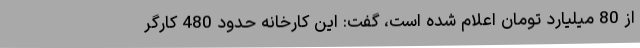
از 80 میلیارد تومان اعلام شده است، گفت: این کارخانه حدود 480 کارگر